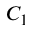
C _ { 1 }